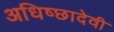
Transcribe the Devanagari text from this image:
अधिष्छादेवी